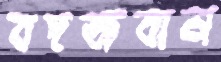
বদজবান